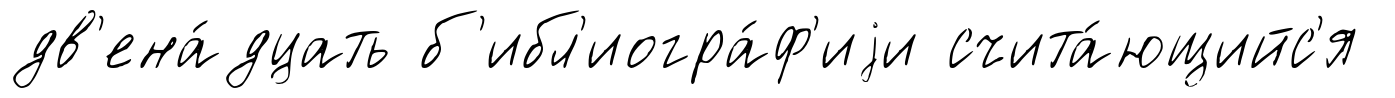
дв'ена́дцать б'ибл'иогра́ф'иjи счита́ющийс'я